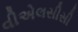
વીએલસીસી